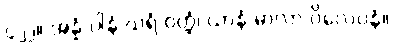
၄၂၂။ အန္နံ ပါနံ ဃရံ ဝတ္ထံ၊ ယာနံ မာလာ ဝိလေပနံ။